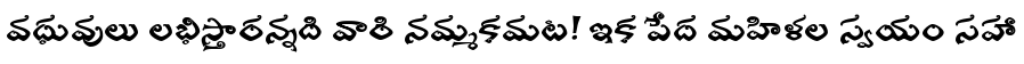
వధువులు లభిస్తారన్నది వారి నమ్మకమట! ఇక పేద మహిళల స్వయం సహా